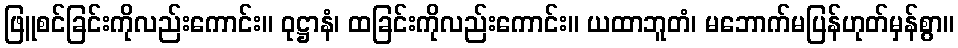
ဖြူစင်ခြင်းကိုလည်းကောင်း။ ဝုဋ္ဌာနံ၊ ထခြင်းကိုလည်းကောင်း။ ယထာဘူတံ၊ မဘောက်မပြန်ဟုတ်မှန်စွာ။